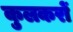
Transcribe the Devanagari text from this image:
कुलकरों